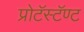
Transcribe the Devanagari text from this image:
प्रोटॅस्टॅण्ट